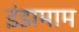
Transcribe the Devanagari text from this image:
इंझमाम